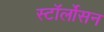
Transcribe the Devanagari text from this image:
स्टॉर्लोसन